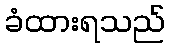
ခံထားရသည်